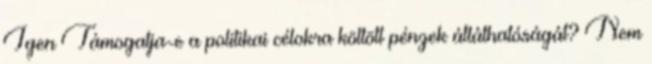
Igen Támogatja-e a politikai célokra költött pénzek átláthatóságát? Nem